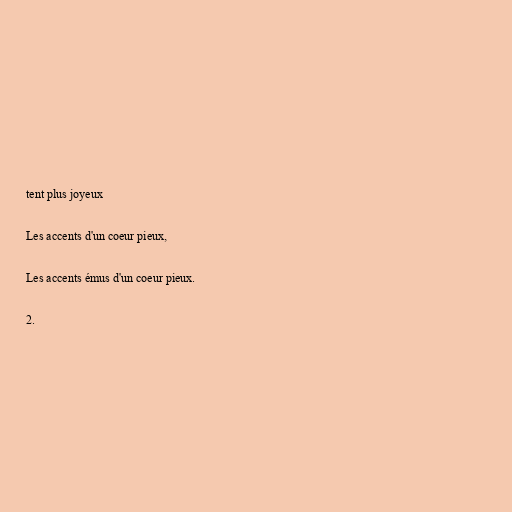
tent plus joyeux

Les accents d'un coeur pieux,

Les accents émus d'un coeur pieux.

2.